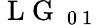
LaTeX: \mathrm{~L~G~}_{\mathrm{~0~1~}}